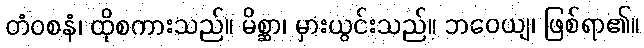
တံဝစနံ၊ ထိုစကားသည်။ မိစ္ဆာ၊ မှားယွင်းသည်။ ဘဝေယျ၊ ဖြစ်ရာ၏။